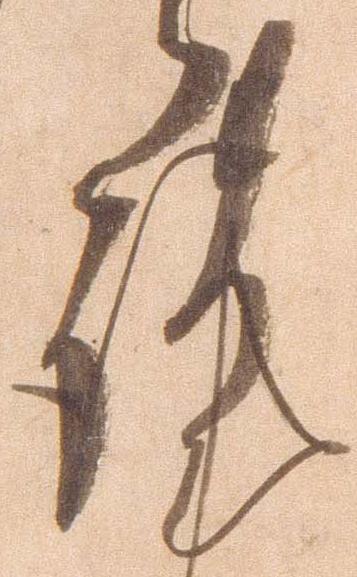
謹